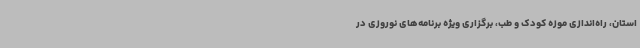
استان، راه‌اندازی موزه کودک و طب، برگزاری ویژه برنامه‌های نوروزی در